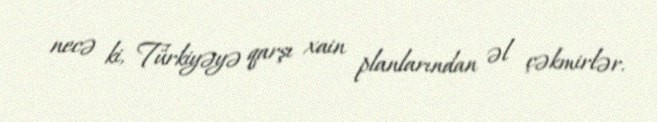
necə ki, Türkiyəyə qarşı xain planlarından əl çəkmirlər.